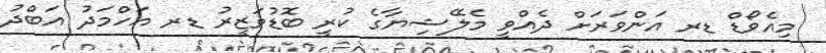
މިއެވޯޑް ޑރ އަންވަރަށް ދެއްވީ މެލޭޝިޔާގެ ކުރީ ބޮޑުވަޒީރު ޑރ އަހްމަދު އަބްދު